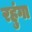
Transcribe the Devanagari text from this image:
रहुंगा